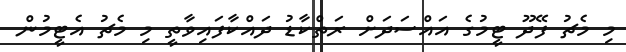
މި މެޗު ފޭދޫ ޓީމުގެ އައްސަދަށް ރަތްކާޑު ދައްކާފައިވާތީ މި މެޗު އެޓީމުން